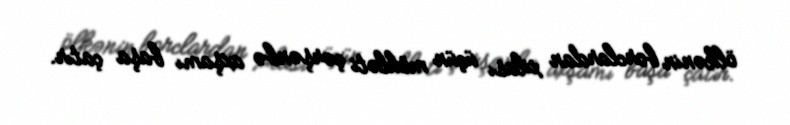
ölkənin borclardan xilası üçün möhləti çərşənbə axşamı başa çatır.